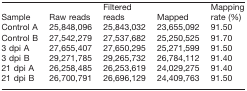
<table><thead><tr><td><b>Sample</b></td><td><b>Raw reads</b></td><td><b>Filtered reads</b></td><td><b>Mapped</b></td><td><b>Mapping rate (%)</b></td></tr></thead><tbody><tr><td>Control A</td><td>25,848,096</td><td>25,843,032</td><td>23,655,092</td><td>91.50</td></tr><tr><td>Control B</td><td>27,542,279</td><td>27,537,682</td><td>25,250,525</td><td>91.70</td></tr><tr><td>3 dpi A</td><td>27,655,407</td><td>27,650,295</td><td>25,271,599</td><td>91.50</td></tr><tr><td>3 dpi B</td><td>29,271,785</td><td>29,265,732</td><td>26,784,112</td><td>91.40</td></tr><tr><td>21 dpi A</td><td>26,258,485</td><td>26,253,619</td><td>24,029,275</td><td>91.40</td></tr><tr><td>21 dpi B</td><td>26,700,791</td><td>26,696,129</td><td>24,409,763</td><td>91.50</td></tr></tbody></table>